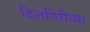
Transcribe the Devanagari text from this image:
दिलगिरीच्या